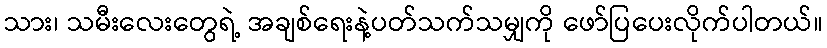
သား၊ သမီးလေးတွေရဲ့ အချစ်ရေးနဲ့ပတ်သက်သမျှကို ဖော်ပြပေးလိုက်ပါတယ်။